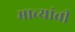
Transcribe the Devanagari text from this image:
माच्यांची